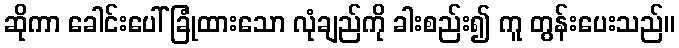
ဆိုကာ ခေါင်းပေါ်ခြုံထားသော လုံချည်ကို ခါးစည်း၍ ကူ တွန်းပေးသည်။